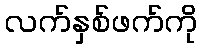
လက်နှစ်ဖက်ကို